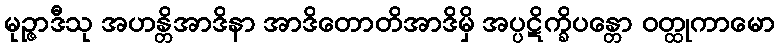
မုဉ္ဇာဒီသု အဟန္တိအာဒိနာ အာဒိတောတိအာဒိမှိ အပ္ပဋိက္ခိပန္တော ဝတ္ထုကာမော